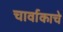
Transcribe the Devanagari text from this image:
चार्वाकाचे